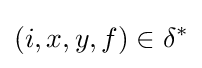
(i,x,y,f)\in \delta ^{*}